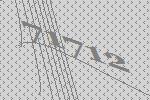
71712